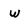
Character: w